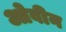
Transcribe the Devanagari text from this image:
ओवीन